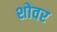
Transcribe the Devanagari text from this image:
शोवर